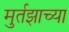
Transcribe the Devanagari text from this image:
मुर्तझाच्या